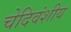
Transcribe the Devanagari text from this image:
चेदिवंशीय